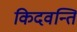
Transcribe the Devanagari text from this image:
किदवन्ति